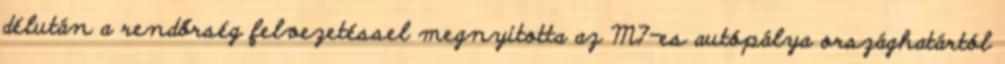
délután a rendőrség felvezetéssel megnyitotta az M7-es autópálya országhatártól